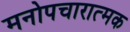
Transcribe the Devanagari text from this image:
मनोपचारात्मक